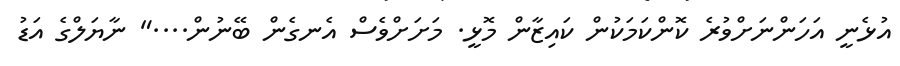
އުޅެނީ އަހަންނަށްވުރެ ކޮންކަމަކުން ކައިޒާން މޮޅީ. މަށަށްވެސް އެނގެން ބޭނުން...." ނާޔަލްގެ އަޑު